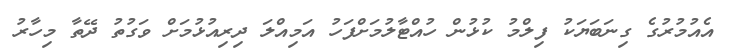
އެއުމުރުގެ ގިނަބަޔަކު ފިލްމު ކުޅުން ހުއްޓާލުމަށްފަހު އަމިއްލަ ދިރިއުޅުމަށް ވަގުތު ދޭތާ މިހާރު